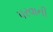
પરવાની